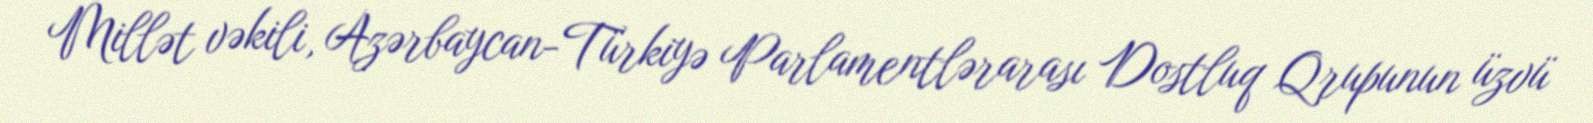
Millət vəkili, Azərbaycan-Türkiyə Parlamentlərarası Dostluq Qrupunun üzvü